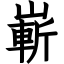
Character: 嶄